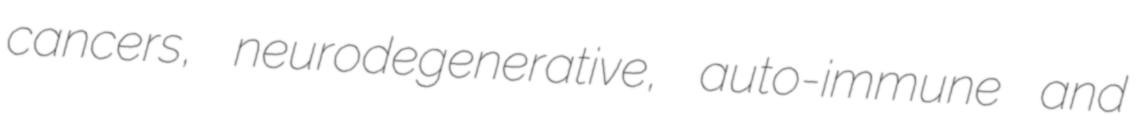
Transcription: cancers, neurodegenerative, auto-immune and